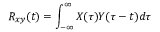
R _ { x y } ( t ) = \int _ { - \infty } ^ { \infty } X ( \tau ) Y ( \tau - t ) d \tau